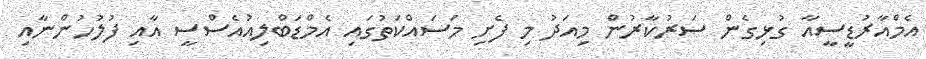
އެމްއާރުޑީސީއާ ގުޅިގެން ސަރުކާރުން މިއަދު މި ފެށި މަސައްކަތުގައި އެމްޑަބްލިއުއެސްސީ އާއި ފުލުހުންނާއި